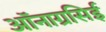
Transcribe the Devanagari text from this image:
ऑनाग्रसिई